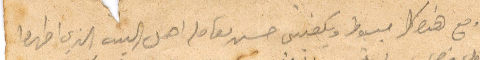
ومع هذه كلا مبسوط ويكفيني حسن معاملة اهل البيت الذي اظهروا